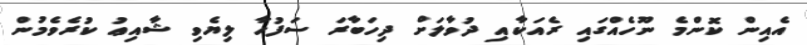
އެއިން ކޮންމެ ނޫހެއްގައި ރެއަކާއި ދުވާލަށް ދިހަބާރަ ސަފުހާ ލިޔެވި ޝާއިޢު ކުރެވެމުން